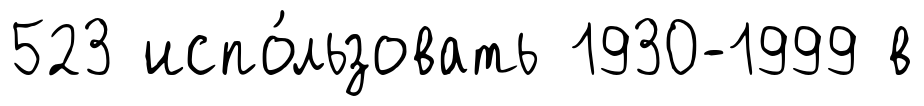
523 испо́льзовать 1930-1999 в